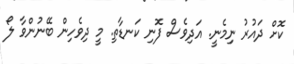
ކޮށް ދައުރު ނިިމެނީ. އަދިވެސް ފޮނި ކަަނޑާތި. މީ ދިވެހިން ބޭނުންވާ ލޯ